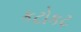
કટોકટ